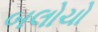
બલોચો